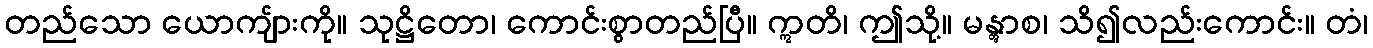
တည်သော ယောကျ်ားကို။ သုဋ္ဌိတော၊ ကောင်းစွာတည်ပြီ။ ဣတိ၊ ဤသို့။ မန္တွာစ၊ သိ၍လည်းကောင်း။ တံ၊